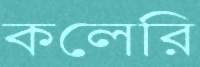
কলেরি